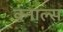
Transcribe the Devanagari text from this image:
क्नाल्स